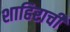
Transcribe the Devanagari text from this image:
शाहिराची